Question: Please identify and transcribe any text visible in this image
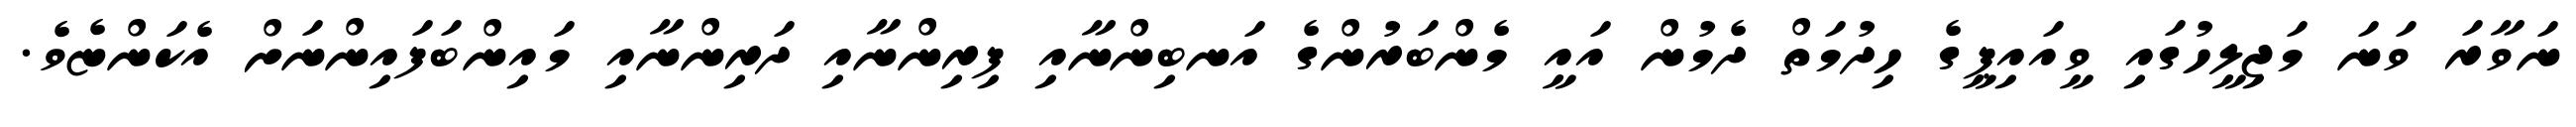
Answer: ނަވާރަ ވަނަ މަޖިލީހުގައި ވީއައިޕީގެ ހިދުމަތް ދެމުން އައީ މެންބަރުންގެ އަނބިންނާއި ފިރިންނާއި ދަރިންނާއި މައިންބަފައިންނަށް އެކަންޏެވެ.